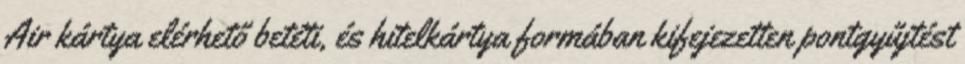
Air kártya elérhető betéti, és hitelkártya formában kifejezetten pontgyűjtést